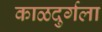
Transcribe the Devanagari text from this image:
काळदुर्गला